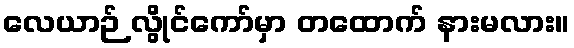
လေယာဉ် လွိုင်ကော်မှာ တထောက် နားမလား။